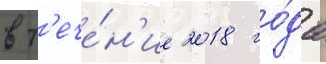
в т'ече́н'ие 2018 го́да